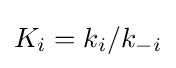
K_{i}=k_{i}/k_{-i}